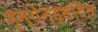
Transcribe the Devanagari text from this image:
जुन्गेन्ड्सटिल